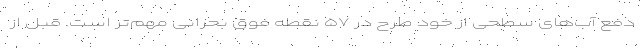
دفع آب‌های سطحی از خود طرح در ۵۷ نقطه فوق بحرانی مهم‌تر است. قبل از